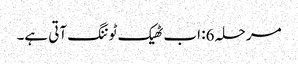
مرحلہ 6: اب ٹھیک ٹوننگ آتی ہے۔